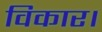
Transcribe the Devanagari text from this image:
विकार।